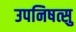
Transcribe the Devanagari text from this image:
उपनिषत्सु